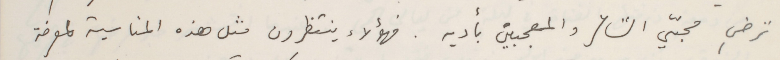
ترضِ محبّي الشاعر والمعجبين بأدبه. فهؤلاء ينتظرون مثل هذه المناسبة لمعرفة